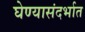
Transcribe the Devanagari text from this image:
घेण्यासंदर्भात